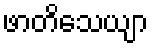
ဖာတိသေယျာ